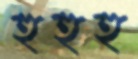
হুহুহু